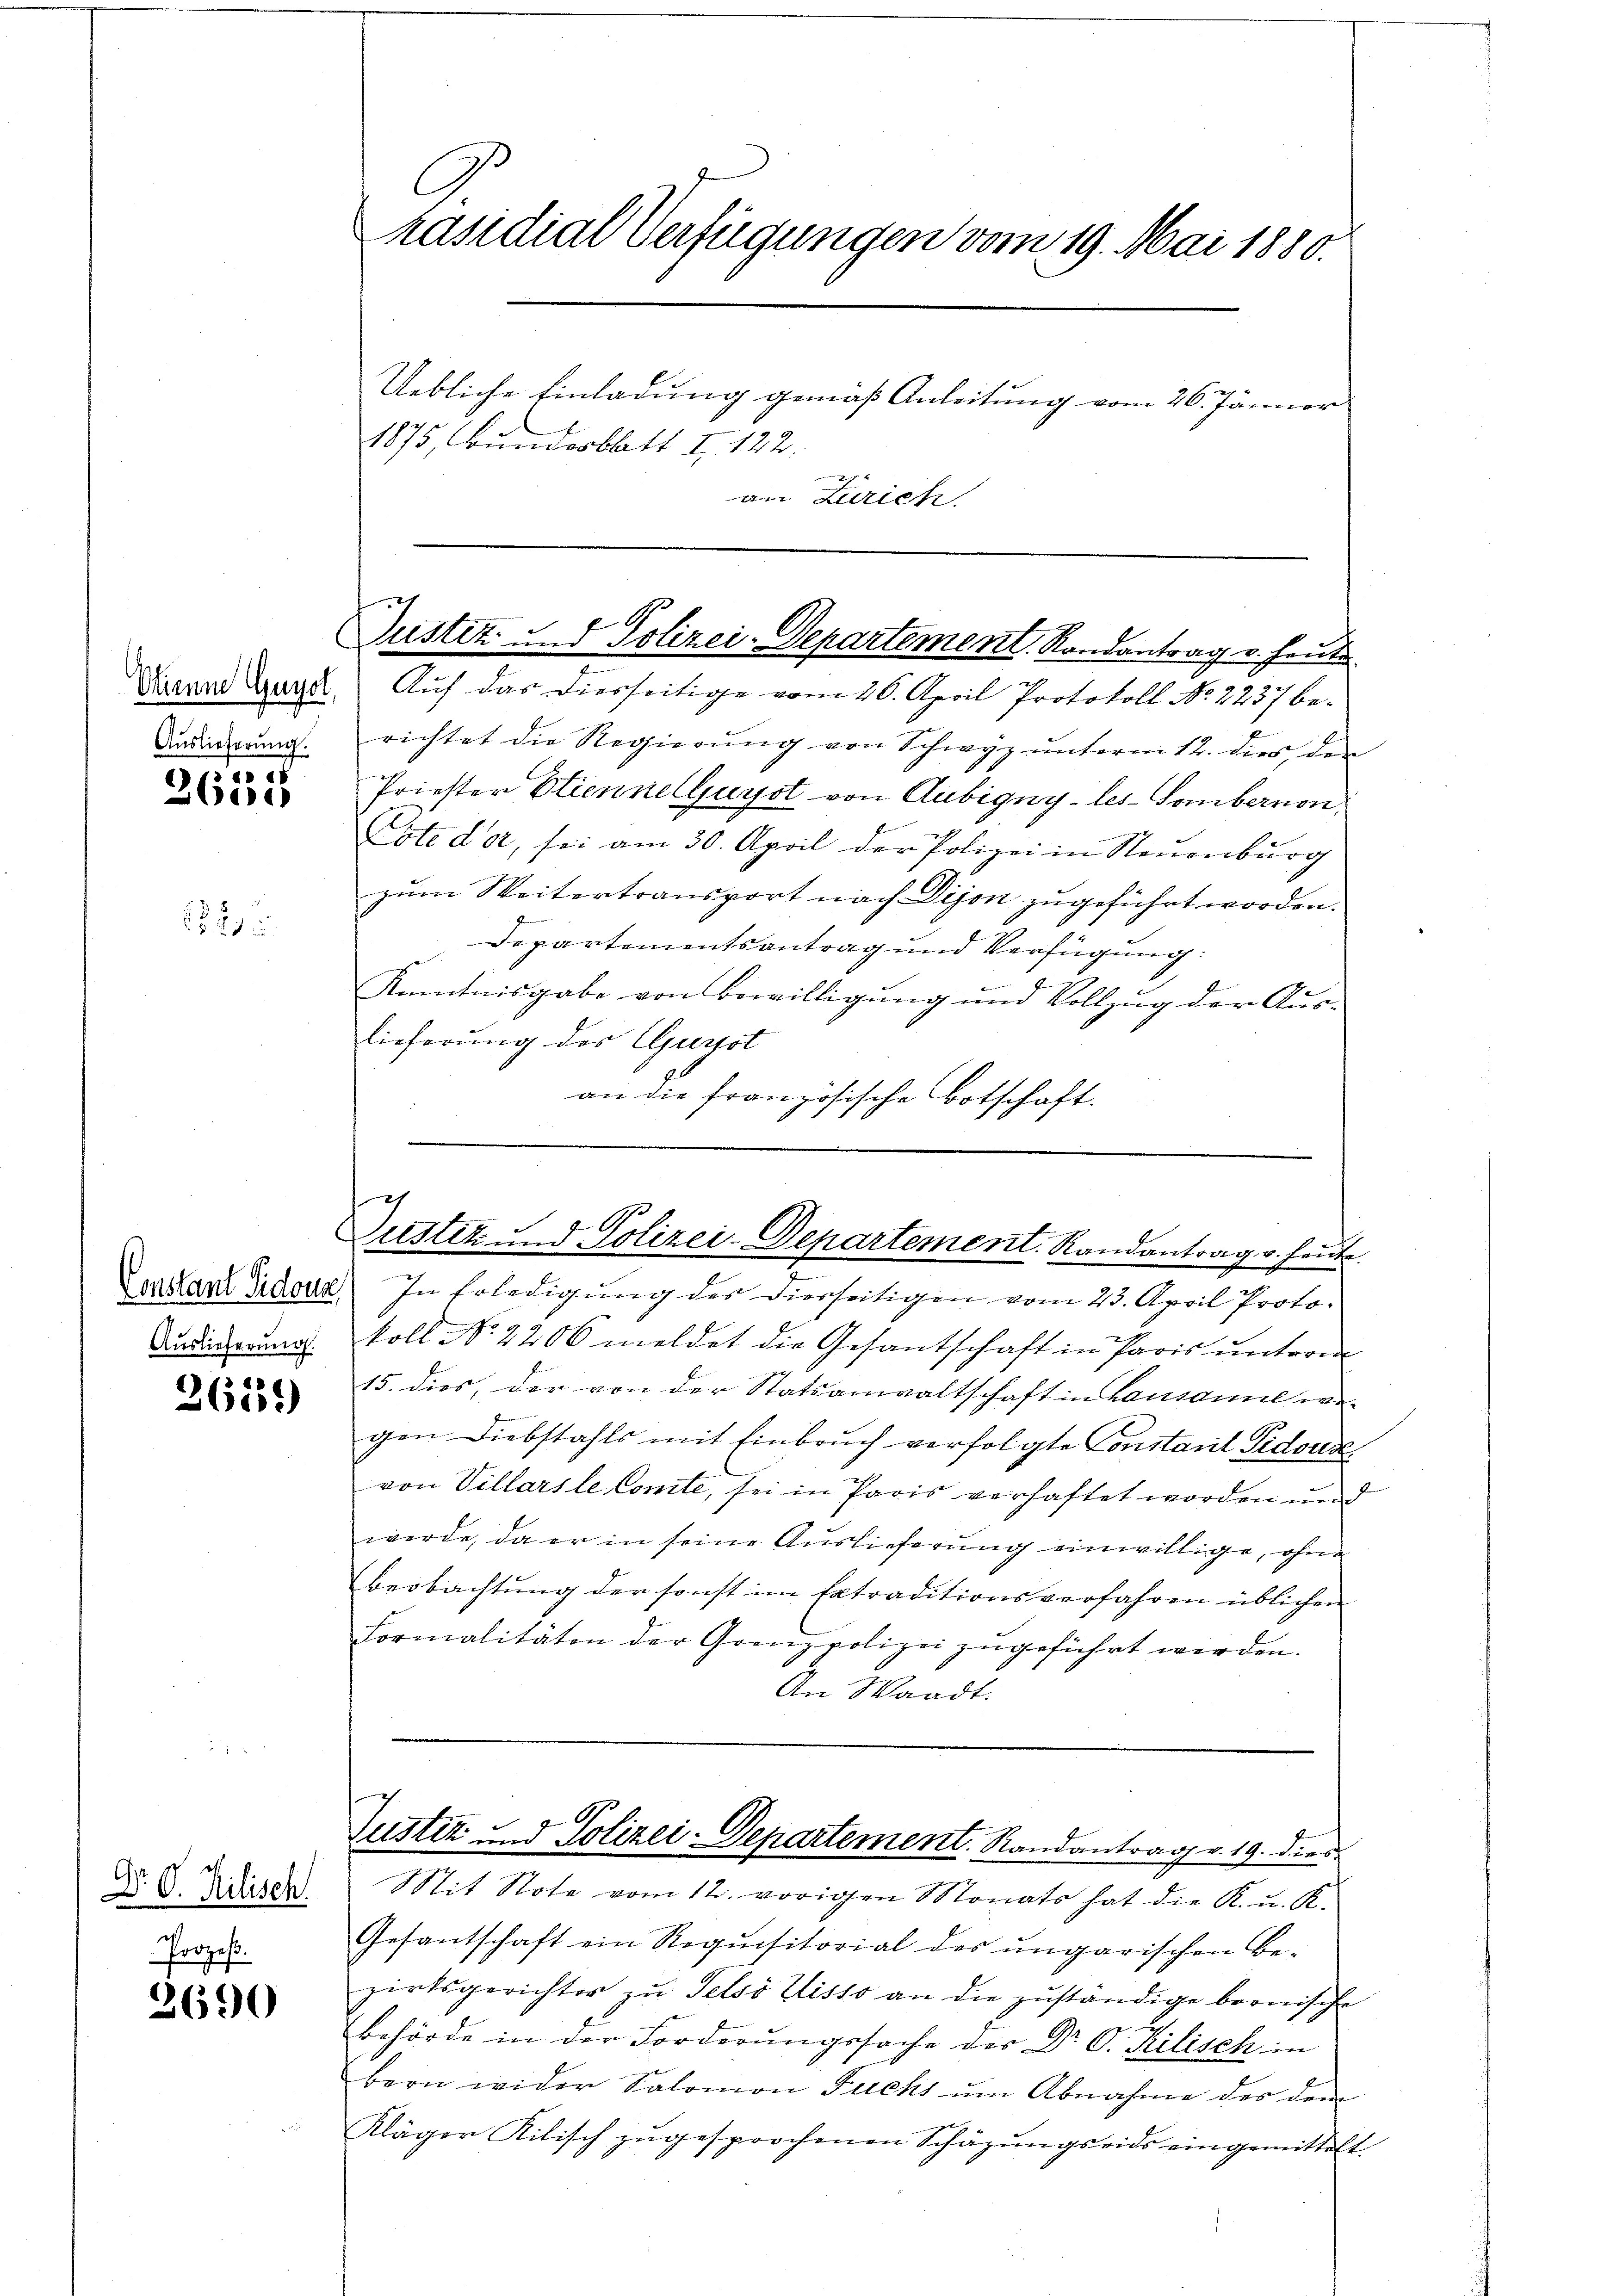
51
1)

2

2611)

Dr. O. Rilisch.
Prozes.

3690

Etienne Gugol,
Auslieferung.

Constant Sidoua
Auslieferung.

C
räsidial-Verfügungen vom 19. Mai 1880.
Uebliche Einladung gemäß Anleitung vom 26. Jänner
1875, Bunderbatt I 122.
am Zürich

ustiz und Polizei-Departement, Randantrag v. heute

Nach das Dierseitige vom 26. April Protokoll No 2237 be-
richtet die Regierung von Schwyz unterm 12. dies, der
Priester Etiennelljuyst von Aubigny-les-Gombernon,
Lote dar, sei am 30. April der Polizei in Neuenburg
zum Weitertransport nach Dijon zugeführt worden.
Departementsantrag und Verfügung:
Kenntnisgabe von Bewilligung und Vollzug der Aus-
lieferung des Gursot
an die französische Botschaft.

c
ustiz und Polizei-Departement. Randantrag v. heute.
In Erledigung des Dierseitigen vom 23. April Proto¬

koll No 2206 meldet die Gesantschaft in Paris unterm
15. dies, der von der Statsanwaltschaft in Lausanne wegen Diebstahls mit Einbruch verfolgte Constant Pidous.
von Villarste Comte, sei in Paris verhaftet worden und
werde, da er in seine Auslieferung einwillige, ohne
Beobachtung der sonst im Extraditionsverfahren üblichen
Formalitäten der Grenzpolizei zugeführt werden.
An Waadt.
C
Justiz und Polizei-Departement. Randantrag v. 19. dies
Mit Note vom 12. vorigen Monats hat die K. u. K.
Gesantschaft ein Requisitorial des ungarischen Be-
zirksgerichter zŭ Felsó Zisso an die zŭständige bronische
Behörde in der Forderŭngssache der Dr G. Kilisch in
bern wider Salomon Fuchs ŭm Abnahme des dem
Kläger Kilisch zugesprochenen Schäzŭngseids ein gemittelt.